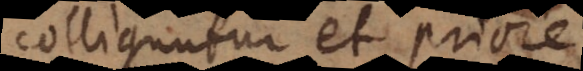
colliguntur et priore